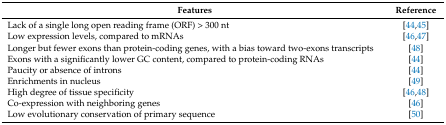
| Features | Reference |
 | --- | --- |
 | Lack of a single long open reading frame (ORF) > 300 nt | [44,45] |
 | Low expression levels, compared to mRNAs | [46,47] |
 | Longer but fewer exons than protein-coding genes, with a bias toward two-exons transcripts | [48] |
 | Exons with a significantly lower GC content, compared to protein-coding RNAs | [44] |
 | Paucity or absence of introns | [44] |
 | Enrichments in nucleus | [49] |
 | High degree of tissue specificity | [46,48] |
 | Co-expression with neighboring genes | [46] |
 | Low evolutionary conservation of primary sequence | [50] |